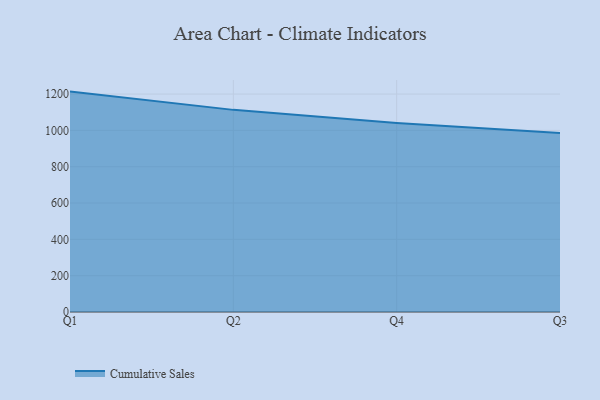
{"axis": {"x": "Quarter", "y": "Energy Usage (MWh)"}, "legend": ["Cumulative Sales"], "data": [{"x": "Q1", "y": 1213.6, "type": "Cumulative Sales"}, {"x": "Q2", "y": 1113.0, "type": "Cumulative Sales"}, {"x": "Q4", "y": 1040.7, "type": "Cumulative Sales"}, {"x": "Q3", "y": 986.1, "type": "Cumulative Sales"}]}